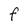
Character: F